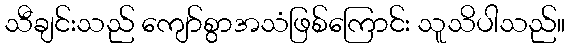
သီချင်းသည် ကျော်စွာအသံဖြစ်ကြောင်း သူသိပါသည်။